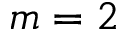
m = 2